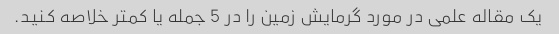
یک مقاله علمی در مورد گرمایش زمین را در 5 جمله یا کمتر خلاصه کنید.